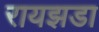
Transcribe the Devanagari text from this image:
रायझडा